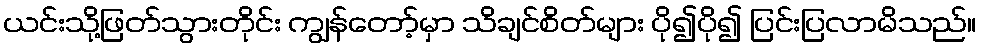
ယင်းသို့ဖြတ်သွားတိုင်း ကျွန်တော့်မှာ သိချင်စိတ်များ ပို၍ပို၍ ပြင်းပြလာမိသည်။